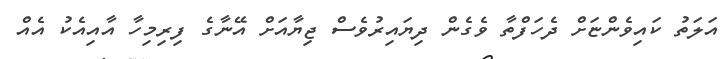
އަލަތު ކައިވެންޏަށް ދެހަފްތާ ވެގެން ދިޔައިރުވެސް ޖިޔާއަށް އޭނާގެ ފިރިމިހާ އާއިއެކު އެއް